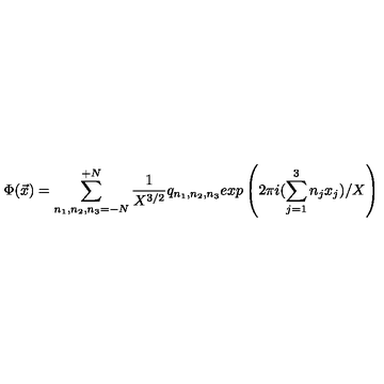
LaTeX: \Phi ( { \vec { x } } ) = \sum _ { n _ { 1 } , n _ { 2 } , n _ { 3 } = - N } ^ { + N } \frac { 1 } { X ^ { 3 / 2 } } q _ { n _ { 1 } , n _ { 2 } , n _ { 3 } } e x p \left( 2 \pi i ( \sum _ { j = 1 } ^ { 3 } n _ { j } x _ { j } ) / X \right)